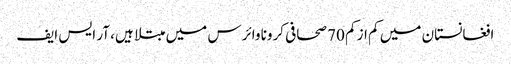
افغانستان میں کم از کم 70 صحافی کرونا وائرس میں مبتلا ہیں، آر ایس ایف